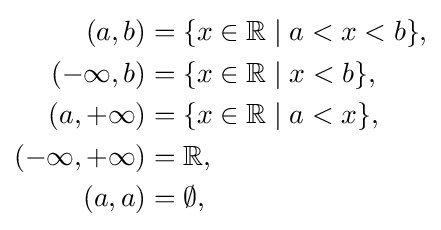
{\begin{aligned}(a,b)&=\{x\in \mathbb {R} \mid a<x<b\},\\(-\infty ,b)&=\{x\in \mathbb {R} \mid x<b\},\\(a,+\infty )&=\{x\in \mathbb {R} \mid a<x\},\\(-\infty ,+\infty )&=\mathbb {R} ,\\(a,a)&=\emptyset ,\end{aligned}}